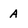
Character: A